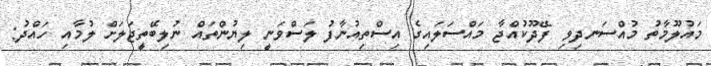
މައުލޫމާތު މުއްސަނދިވި ފޭދޫކުއްޖާ މައްސަލައިގެ އިސްތިއުނާފު ލަސްވަނީ ލިޔުންތައް ނުލިބޭތީޖަލަށް ލުމާއި ހައްދު: